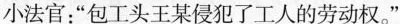
小法官：”包工头王某侵犯了工人的劳动权。”